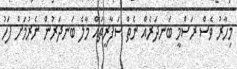
މިހާރު ވެސް ރަސްމީ ބަނދަރެއް ނެތް ސަފާރީތައް މާލެ ބަނދަރުން ނެރުމަށް ފަހު